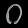
Digit: ၀